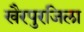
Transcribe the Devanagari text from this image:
खैरपुरजिला